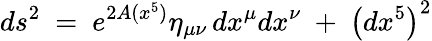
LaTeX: ds^{2}\ =\ e^{2A(x^{5})}\eta_{\mu\nu}\, dx^{\mu}dx^{\nu}\ +\ \left(dx^{5}\right)^{2}